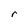
Character: r